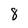
Character: 8